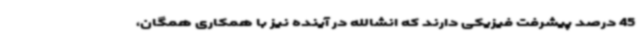
45 درصد پیشرفت فیزیکی دارند که انشالله در آینده نیز با همکاری همگان،